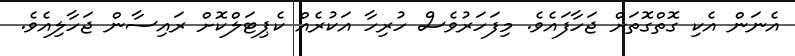
އެނަން އެކި ގޮތްގޮތަށް ޖަހާފައެވެ. މިފަހަރުވެސް ހުރިހާ އަކުރެއް ކެޕިޓަލްކޮށް ރައިސާން ޖަހާލިއެވެ.